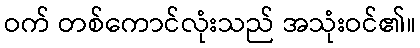
ဝက် တစ်ကောင်လုံးသည် အသုံးဝင်၏။